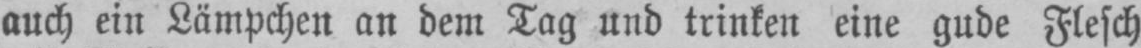
auch ein Lämpchen an dem Tag und trinken eine gude Flesch